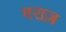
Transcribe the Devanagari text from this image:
गराज़